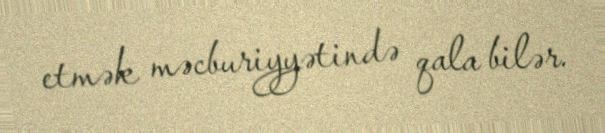
etmək məcburiyyətində qala bilər.